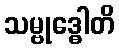
သမ္ဗုဒ္ဓေါတိ